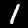
Digit: 1